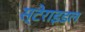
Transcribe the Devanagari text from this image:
स्टेराइडल